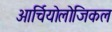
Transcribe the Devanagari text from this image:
आर्चियोलोजिकल